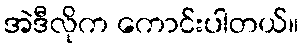
အဲဒီလိုက ကောင်းပါတယ်။